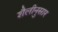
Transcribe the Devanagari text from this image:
शैलीनुसार